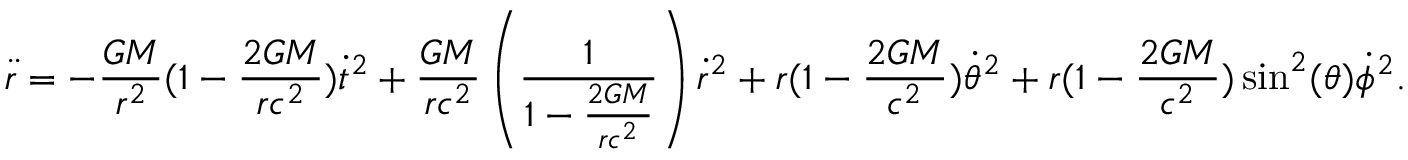
\ddot { r } = - \frac { G M } { r ^ { 2 } } ( 1 - \frac { 2 G M } { r c ^ { 2 } } ) \dot { t } ^ { 2 } + \frac { G M } { r c ^ { 2 } } \left( \frac { 1 } { 1 - \frac { 2 G M } { r c ^ { 2 } } } \right) \dot { r } ^ { 2 } + r ( 1 - \frac { 2 G M } { c ^ { 2 } } ) \dot { \theta } ^ { 2 } + r ( 1 - \frac { 2 G M } { c ^ { 2 } } ) \sin ^ { 2 } ( \theta ) \dot { \phi } ^ { 2 } .